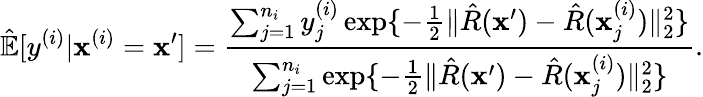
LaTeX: \hat{\mathbb{E}}[y^{(i)}\vert\mathbf{x}^{(i)}=\mathbf{x}^{\prime}]=\frac{\sum_{j=1}^{n_{i}}y_{j}^{(i)}\exp\{ -\frac{1}{2}\| \hat{R}(\mathbf{x}^{\prime})-\hat{R}(\mathbf{x}_{j}^{(i)})\| _{2}^{2}\} }{\sum_{j=1}^{n_{i}}\exp\{ -\frac{1}{2}\| \hat{R}(\mathbf{x}^{\prime})-\hat{R}(\mathbf{x}_{j}^{(i)})\| _{2}^{2}\} }.